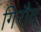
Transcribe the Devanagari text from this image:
गिरौद